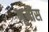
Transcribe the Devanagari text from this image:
भूमीस